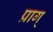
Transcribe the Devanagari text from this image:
प्राग्‌